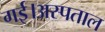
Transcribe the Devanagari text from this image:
गई।अस्पताल